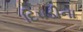
દિપડીના